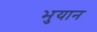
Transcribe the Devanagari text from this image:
भुयान